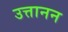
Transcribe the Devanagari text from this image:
उत्तानन